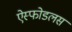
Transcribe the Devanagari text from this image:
ऐस्फोडलस